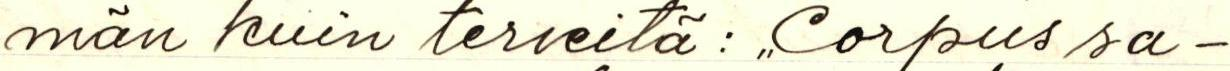
män kuin terveitä: ,, Corpus sa-